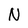
Character: N